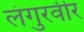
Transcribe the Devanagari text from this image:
लंगुरवीर